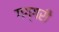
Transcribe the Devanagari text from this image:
गग्गरी